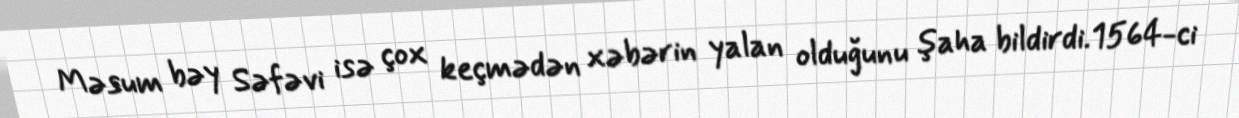
Məsum bəy Səfəvi isə çox keçmədən xəbərin yalan olduğunu şaha bildirdi.1564-ci